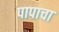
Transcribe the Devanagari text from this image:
पापाचा